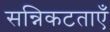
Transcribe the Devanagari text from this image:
सन्निकटताएँ